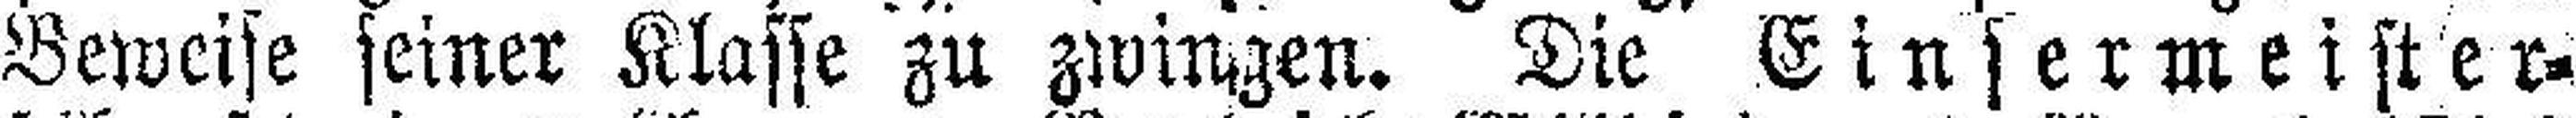
Beweise seiner Klasse zu zwinzen. Die Einsermeister¬